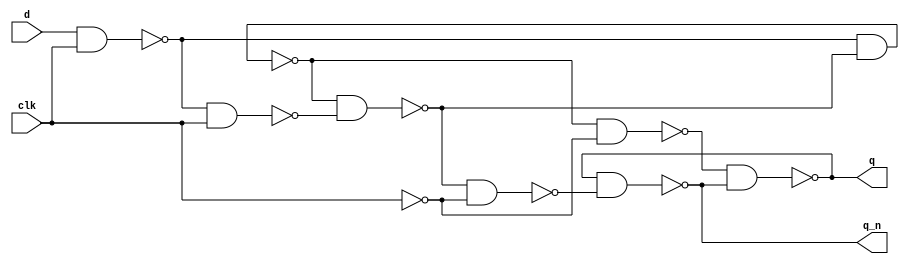
module masterSlaveEdgeTriggerDFF (q, q_n, d, clk);
	//This module implements a master-slave edge-trigger 
	//D flip-flop using only structural verilog and NAND gates
	
	input d, clk;
	output q, q_n;
	wire nand0, nand1, nand2, nand3, nand4, nand5;
	
	nand (clk_n, clk, clk);
	
	nand (nand0, d, clk);
	nand (nand1, nand0, clk);
	
	nand (nand2, nand0, nand3);
	nand (nand3, nand2, nand1);
	
	nand (nand4, nand2, clk_n);
	nand (nand5, nand3, clk_n);
	
	nand (q, nand4, q_n);
	nand (q_n, q, nand5);
	
endmodule